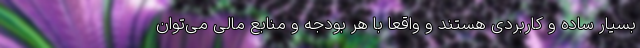
بسیار ساده و کاربردی هستند و واقعا با هر بودجه و منابع مالی می‌توان